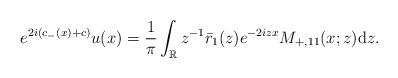
LaTeX: \begin{align*}e^{2i(c_-(x)+c)} u(x)=\frac{1}{\pi} \int_{\mathbb{R}} z^{-1}\bar{r}_1(z) e^{-2 i z x} M_{+,11}(x ;z) \mathrm{d}z.\end{align*}